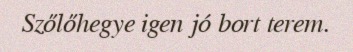
Szőlőhegye igen jó bort terem.